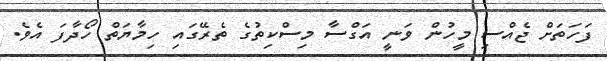
ފަހަތަށް ޖެއްސި މީހުން ވަނީ އަގްސާ މިސްކިތުގެ ތެރޭގައި ހިމާޔަތް ހޯދާފަ އެވެ.